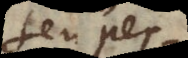
seu per